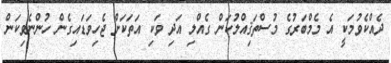
ދެއްކެވުމަކީ އެ މެމްބަރުގެ މުސްތަޤިއްލުކަން ގެއްލި އަދި ވަކި އަތަކަށް ޖެހިވަޑައިގެން ހުންނެވިކަން